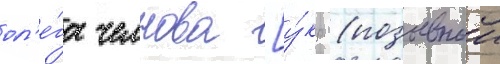
ол'е́га челнова [у́кр. (позывнои